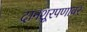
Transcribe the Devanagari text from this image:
दानशूरपणावर